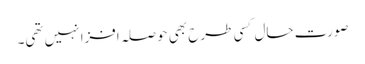
صورت حال کسی طرح بھی حوصلہ افزا نہیں تھی۔